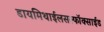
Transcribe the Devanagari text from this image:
डायमिथाईलसल्फॉक्साईड